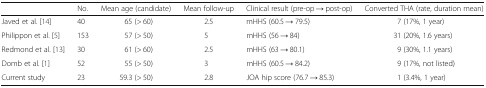
<table><thead><tr><td></td><td><b>No.</b></td><td><b>Mean age (candidate)</b></td><td><b>Mean follow-up</b></td><td><b>Clinical result (pre-op → post-op)</b></td><td><b>Converted THA (rate, duration mean)</b></td></tr></thead><tbody><tr><td>Javed et al. [14]</td><td>40</td><td>65 (&gt; 60)</td><td>2.5</td><td>mHHS (60.5 → 79.5)</td><td>7 (17%, 1 year)</td></tr><tr><td>Philippon et al. [5]</td><td>153</td><td>57 (&gt; 50)</td><td>5</td><td>mHHS (56 → 84)</td><td>31 (20%, 1.6 years)</td></tr><tr><td>Redmond et al. [13]</td><td>30</td><td>61 (&gt; 60)</td><td>2.5</td><td>mHHS (63 → 80.1)</td><td>9 (30%, 1.1 years)</td></tr><tr><td>Domb et al. [1]</td><td>52</td><td>55 (&gt; 50)</td><td>3</td><td>mHHS (60.5 → 84.2)</td><td>9 (17%, not listed)</td></tr><tr><td>Current study</td><td>23</td><td>59.3 (&gt; 50)</td><td>2.8</td><td>JOA hip score (76.7 → 85.3)</td><td>1 (3.4%, 1 year)</td></tr></tbody></table>